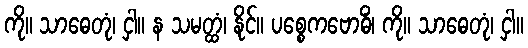
ကို။ သာဓေတုံ၊ ငှါ။ န သမတ္ထံ၊ နိုင်။ ပစ္စေကဗောဓိံ၊ ကို။ သာဓေတုံ၊ ငှါ။